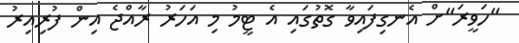
"ހަވީރަ"ށް އެނގިފައިވާ ގޮތުގައި އެ ޓީމު މި އަހަރު ރާއްޖެ އިން ފުރިއިރު